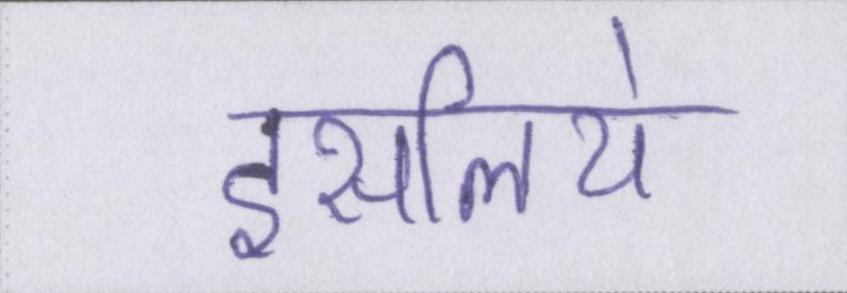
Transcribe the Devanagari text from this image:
इसलिये